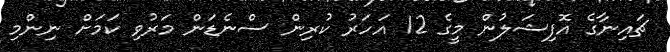
ޗައިނާގެ އޮފިޝަލުން މީގެ 12 އަހަރު ކުރިން ސްނެޑަން މަރުވި ކަމަށް ނިންމި